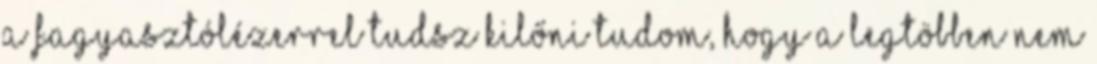
a fagyasztólézerrel tudsz kilőni Tudom, hogy a legtöbben nem